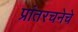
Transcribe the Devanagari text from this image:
प्रांतरचनेचे